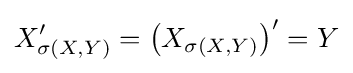
X_{\sigma (X,Y)}^{\prime }=\left(X_{\sigma (X,Y)}\right)^{\prime }=Y